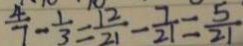
\frac { 4 } { 7 } - \frac { 1 } { 3 } = \frac { 1 2 } { 2 1 } - \frac { 7 } { 2 1 } = \frac { 5 } { 2 1 }